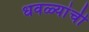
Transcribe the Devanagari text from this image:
धवळ्यांची